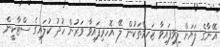
އޭނާގެ ފަޔަށް ލިވިފައިވާ ޒަހމްތަކުން ލޭ އޮހރިފައިވާ ވަރުން ހުދު ކުލައިގެ ސްޓާކީން